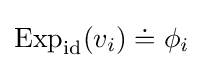
\mathrm {Exp} _{\mathrm {id} }(v_{i})\doteq \phi _{i}